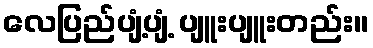
လေပြည်ပျံ့ပျံ့ ပျူးပျူးတည်း။